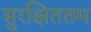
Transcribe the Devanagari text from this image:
सुरक्षिततम